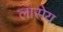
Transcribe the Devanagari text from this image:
लासेय